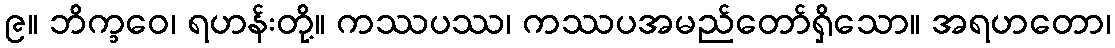
၉။ ဘိက္ခဝေ၊ ရဟန်းတို့။ ကဿပဿ၊ ကဿပအမည်တော်ရှိသော။ အရဟတော၊